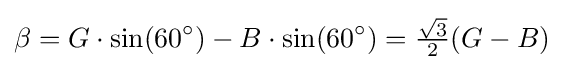
\beta =G\cdot \sin(60^{\circ })-B\cdot \sin(60^{\circ })={\tfrac {\sqrt {3}}{2}}(G-B)